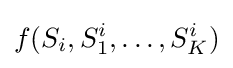
f(S_{i},S_{1}^{i},\dots ,S_{K}^{i})